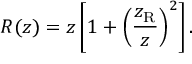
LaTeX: R ( z ) = z \left[ { 1 + { \left( { \frac { z _ { \mathrm { R } } } { z } } \right) } ^ { 2 } } \right] .